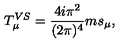
T _ { \mu } ^ { V S } = \frac { 4 i \pi ^ { 2 } } { ( 2 \pi ) ^ { 4 } } m s _ { \mu } ,